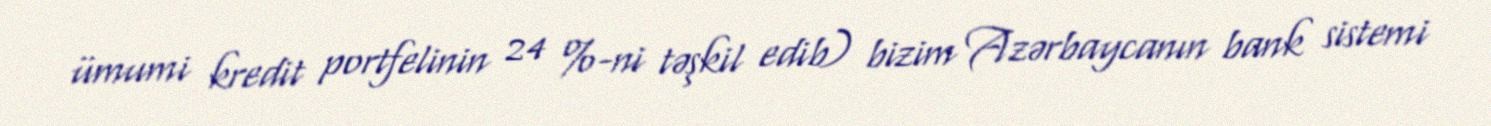
ümumi kredit portfelinin 24 %-ni təşkil edib) bizim Azərbaycanın bank sistemi